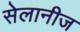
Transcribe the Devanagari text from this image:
सेलानीज